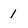
Character: 1